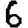
Digit: 6